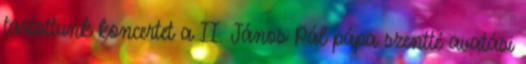
tartottunk koncertet a II. János Pál pápa szentté avatási